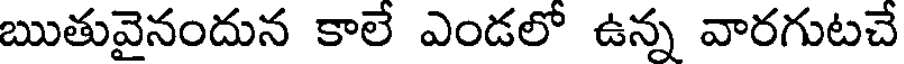
ఋతువైనందున కాలే ఎండలో ఉన్న వారగుటచే